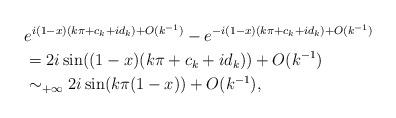
LaTeX: \begin{align*}&e^{i(1-x)(k\pi+c_k+id_k)+O(k^{-1})}-e^{-i(1-x)(k\pi+c_k+id_k)+O(k^{-1})}\\&=2i \sin((1-x)(k\pi+c_k+id_k)) + O(k^{-1})\\&\sim_{+\infty} 2i \sin ( k\pi(1-x)) + O(k^{-1}),\end{align*}